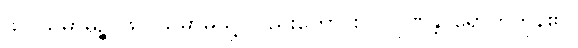
ဖလသမာဓိဉ္စ၊ ဖိုလ်သမာဓိသို့ လည်းကောင်း။ ပါပုဏန္တိ၊ ရောက်ကုန်၏။